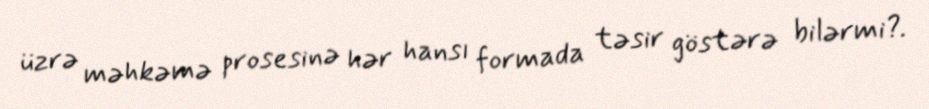
üzrə məhkəmə prosesinə hər hansı formada təsir göstərə bilərmi?.